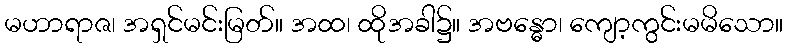
မဟာရာဇ၊ အရှင်မင်းမြတ်။ အထ၊ ထိုအခါ၌။ အဗန္ဓော၊ ကျော့ကွင်းမမိသော။